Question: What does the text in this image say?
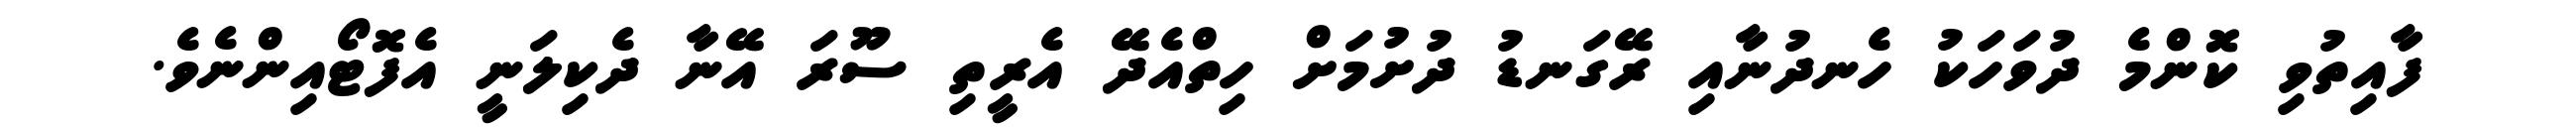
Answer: ފާއިތުވި ކޮންމެ ދުވަހަކު ހެނދުނާއި ރޭގަނޑު ދުށުމަށް ހިތްއެދޭ އެރީތި ސޫރަ އޭނާ ދެކިލަނީ އެފޮޓޯއިންނެވެ.